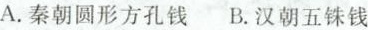
A.秦朝圆形方孔钱 B.汉朝五铢钱